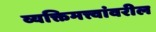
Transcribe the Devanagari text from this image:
व्यक्तिमत्त्वांवरील